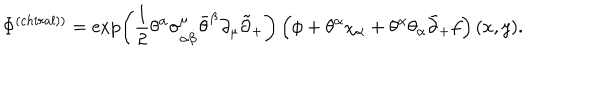
\Phi ^ { \left( c h i r a l ) \right) } = \exp \left( \frac 1 2 \theta ^ { \alpha } \sigma _ { \alpha \dot { \beta } } ^ { \mu } \bar { \theta } ^ { \dot { \beta } } \partial _ { \mu } \tilde { \partial } _ { + } \right) \left( \phi + \theta ^ { \alpha } \chi _ { \alpha } + \theta ^ { \alpha } \theta _ { \alpha } \tilde { \partial } _ { + } f \right) ( x , y ) .